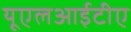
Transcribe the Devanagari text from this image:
यूएलआईटीए